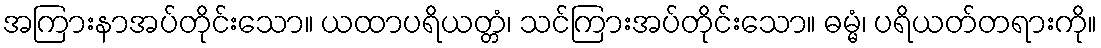
အကြားနာအပ်တိုင်းသော။ ယထာပရိယတ္တံ၊ သင်ကြားအပ်တိုင်းသော။ ဓမ္မံ၊ ပရိယတ်တရားကို။